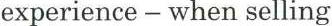
experience - when selling